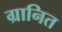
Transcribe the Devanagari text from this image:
ग्रानित